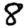
Digit: 8